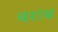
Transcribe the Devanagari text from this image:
बराब